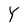
Character: Y